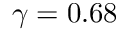
\gamma = 0 . 6 8